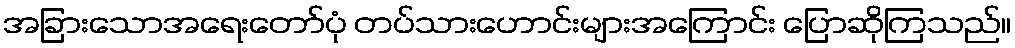
အခြားသောအရေးတော်ပုံ တပ်သားဟောင်းများအကြောင်း ပြောဆိုကြသည်။